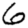
Digit: 6